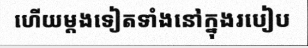
ហើយម្តងទៀតទាំងនៅក្នុងរបៀប